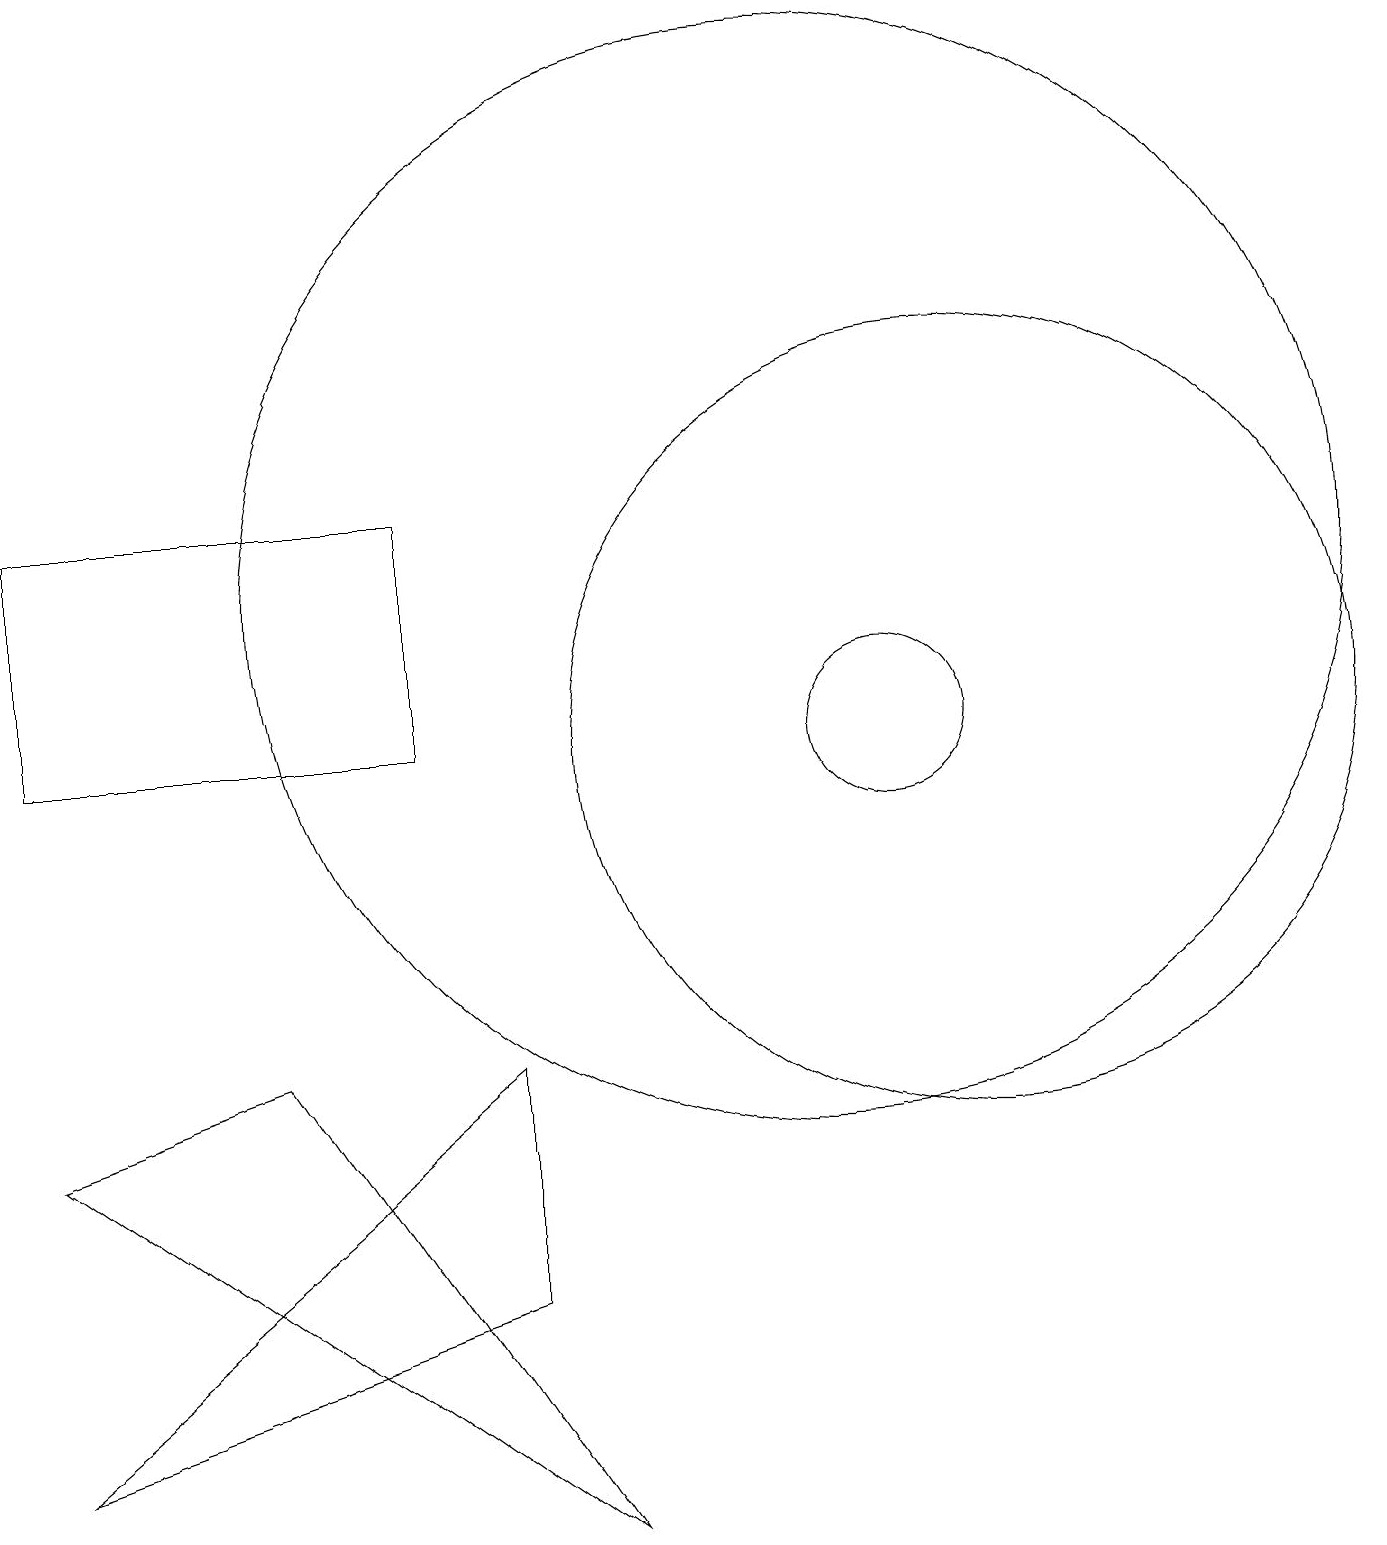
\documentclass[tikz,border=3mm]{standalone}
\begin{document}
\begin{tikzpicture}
\draw (12,10) circle (5);
\draw (10,12) circle (0);
\draw (6,3) -- (0,1) -- (6,6) -- cycle;
\draw (0,5) -- (3,6) -- (7,0) -- cycle;
\draw (11,10) circle (1);
\draw (0,10) rectangle (5,13);
\draw (10,12) circle (7);
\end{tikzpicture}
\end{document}